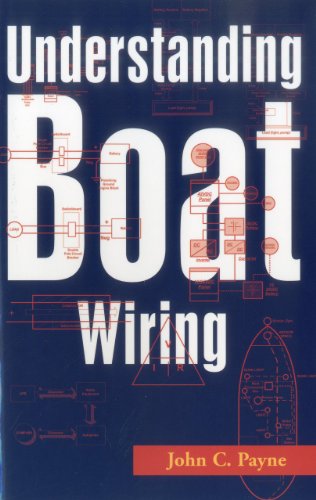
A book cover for Understanding Boat Wiring; John C. Payne; Engineering & Transportation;